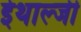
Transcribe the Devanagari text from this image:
ईथाल्जी